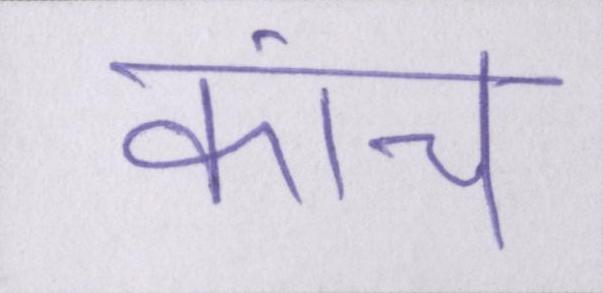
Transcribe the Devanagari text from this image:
कांच